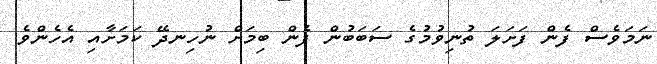
ނަމަވެސް ފެން ފަށަލަ ތުނިވުމުގެ ސަބަބުން ފެން ބިމަށް ނުހިނދޭ ކަމަށާއި އެހެންވެ